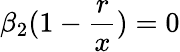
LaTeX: \beta_{2}(1-\frac{r}{x})=0